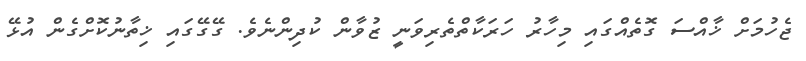
ޖެހުމަށް ޚާއްސަ ގޮތެއްގައި މިހާރު ހަރަކާތްތެރިވަނީ ޒުވާން ކުދިންނެވެ. ގޭގޭގައި ޚިތާނުކޮށްގެން އުޅޭ